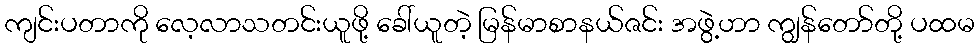
ကျင်းပတာကို လေ့လာသတင်းယူဖို့ ခေါ်ယူတဲ့ မြန်မာစာနယ်ဇင်း အဖွဲ့ဟာ ကျွန်တော်တို့ ပထမ